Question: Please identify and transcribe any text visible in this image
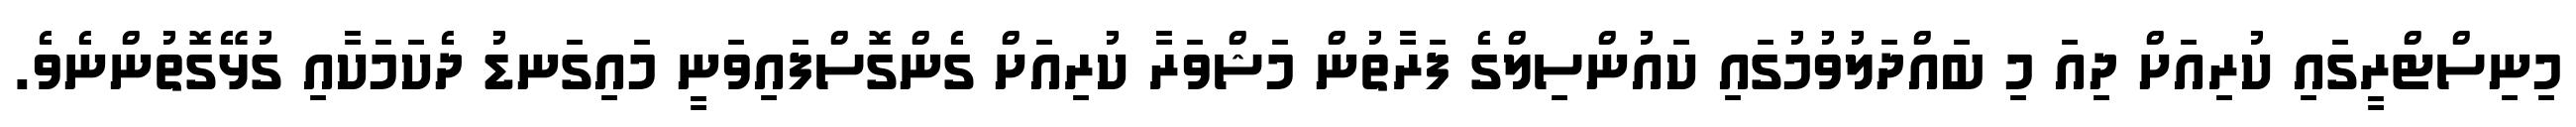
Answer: މިނިސްޓްރީގައި ކުރިއަށް ދިއަ މި ބައްދަލުވުމުގައި ކައުންސިލްގެ ފަރާތުން މަޝްވަރާ ކުރިއަށް ގެންގޮސްފައިވަނީ މައިގަނޑު ދެކަމަކާއި ގުޅޭގޮތުންނެވެ.